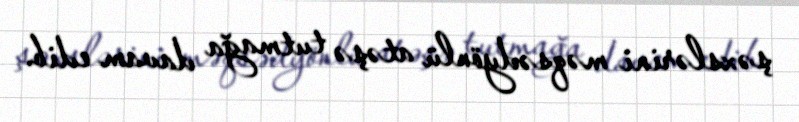
şəxslərini məqsədyönlü atəşə tutmağa davam edib.